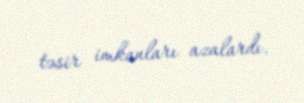
təsir imkanları azalardı.